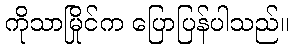
ကိုသာမြိုင်က ပြောပြန်ပါသည်။